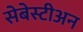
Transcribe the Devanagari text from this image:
सेबेस्टीअन